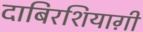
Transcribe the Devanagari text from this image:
दाबिरशियाग़ी